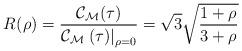
LaTeX: \begin{align*}R_{}^{}(\rho)\overset{}{=}\frac{\mathcal{C}_{\mathcal{M}}(\tau)}{\mathcal{C}_{\mathcal{M}}\left.(\tau)\right\vert _{\rho=0}}=\sqrt{3}\sqrt{\frac{1+\rho}{3+\rho}}\end{align*}